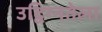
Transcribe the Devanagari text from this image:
उद्विग्नतेला